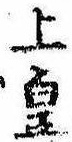
上皇